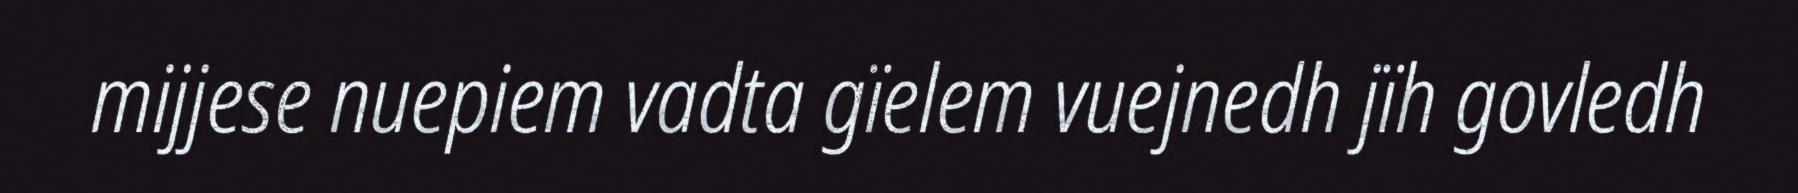
mijjese nuepiem vadta gïelem vuejnedh jïh govledh